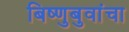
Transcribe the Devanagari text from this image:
बिष्णुबुवांचा